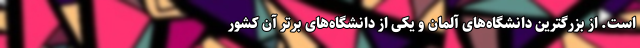
است. از بزرگترین دانشگاه‌های آلمان و یکی از دانشگاه‌های برتر آن کشور